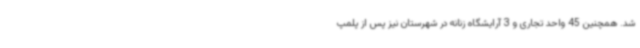
شد. همچنین 45 واحد تجاری و 3 آرایشگاه زنانه در شهرستان نیز پس از پلمپ